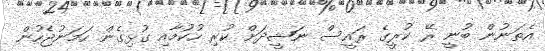
އެތަނުން ބުނީ ރޭ ކުރީގެ ރައީސް ނަޝީދަށް ކުރި ހުކުމާއި ގުޅިގެން ހަމަނުޖެހުން